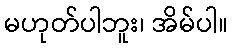
မဟုတ်ပါဘူး၊ အိမ်ပါ။